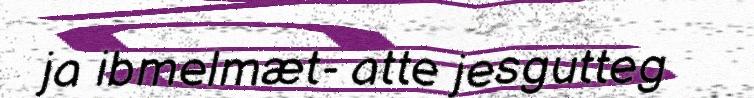
ja ibmelmæt- atte jesgutteg